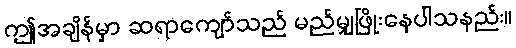
ဤအချိန်မှာ ဆရာကျော်သည် မည်မျှဖြိုးနေပါသနည်း။